Vaccination in Bombay 1902-1912 - 1902-1912
Year: 1902
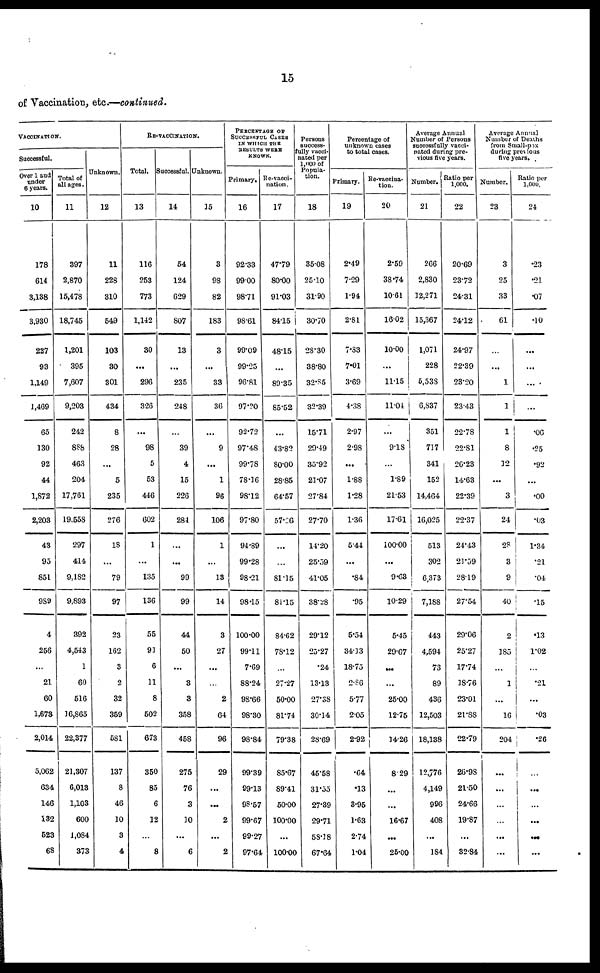
15
of Vaccination, etc.—continued.
VACCINATION.
Successful.
Over 1 and
under
6 years.
10
178
614
3,138
3,930
227
93
1,149
1,469
65
130
92
44
1,872
2,203
43
95
851
989
4
256
...
21
60
1,673
2,014
5,062
634
146
132
523
68
Total of
all ages.
11
397
2,870
15,478
18,745
1,201
395
7,607
9,203
242
888
463
204
17,761
19,558
297
414
9,182
9,893
392
4,543
1
60
516
16,865
22,377
21,307
6,013
1,103
600
1,084
373
Unknown.
12
11
228
310
549
103
30
301
434
8
28
...
5
235
276
18
...
79
97
23
162
3
2
32
359
581
137
8
46
10
3
4
RE-VACCINATION.
Total.
13
116
253
773
1,142
30
...
296
326
...
98
5
53
446
602
1
...
135
136
55
91
6
11
8
502
673
350
85
6
12
...
8
Successful.
14
54
124
629
807
13
...
235
248
...
39
4
15
226
284
...
...
99
99
44
50
...
3
3
358
458
275
76
3
10
...
6
Unknown.
15
3
98
82
183
3
...
33
36
...
9
...
1
96
106
1
...
13
14
3
27
...
...
2
64
96
29
...
...
2
...
2
PERCENTAGE OF
SUCCESSFUL CASES
IN WHICH THE
RESULTS WERE
KNOWN.
Primary.
16
92.33
99.00
98.71
98.61
99.09
99.25
96.81
97.20
92.72
97.48
99.78
78.16
98.12
97.80
94.89
99.28
98.21
98.15
100.00
99.11
7.69
88.24
98.66
98.30
98.84
99.39
99.13
93.57
99.67
99.27
97.64
Re-vacci-
nation.
17
47.79
80.00
91.03
84.15
48.15
...
89.35
85.52
...
43.82
80.00
28.85
64.57
57.26
...
...
81.15
81.15
84.62
78.12
...
27.27
50.00
81.74
79.38
85.67
89.41
50.00
100.00
...
100.00
Persons
success¬
fully vacci-
nated per
1,000 of
Popula-
tion.
18
35.08
25.10
31.90
30.70
28.30
38.80
32.85
32.39
15.71
29.49
35.92
21.07
27.84
27.70
14.20
25.59
41.05
38.28
29.12
25.27
.24
13.13
27.38
30.14
28.69
45.58
31.55
27.39
29.71
58.18
67.64
Percentage of
unknown cases
to total cases.
Primary.
19
2.49
7.29
1.94
2.81
7.33
7.01
3.69
4.38
2.97
2.98
...
1.88
1.28
1.36
5.44
...
.84
.95
5.54
34.13
18.75
2.86
5.77
2.05
2.92
.64
.13
3.95
1.63
2.74
1.04
Re-vaccina-
tion.
20
2.59
38.74
10.61
16.02
10.00
...
11.15
11.04
...
9.18
...
1.89
21.53
17.61
100.00
...
9.63
10.29
5.45
29.67
...
...
25.00
12.75
14.26
8.29
...
...
16.67
...
25.00
Average Annual
Number of Persons
successfully vacci-
nated during pre-
vious five years.
Number.
21
266
2,830
12,271
15,367
1,071
228
5,538
6,837
351
717
341
152
14,464
16,025
513
302
6,373
7,188
443
4,594
73
89
436
12,503
18,138
12,776
4,149
996
408
...
184
Ratio per
1,000.
22
20.69
23.72
24.31
24.12
24.97
22.39
23.20
23.43
22.78
22.81
26.23
14.63
22.39
22.37
24.43
21.59
28.19
27.54
29.06
25.27
17.74
18.76
23.01
21.88
22.79
26.98
21.50
24.66
19.87
...
32.84
Average Annual
Number of Deaths
from Small-pox
during previous
five years.
Number.
23
3
25
33
61
...
...
1
1
1
8
12
...
3
24
28
3
9
40
2
185
...
1
...
16
204
...
...
...
...
...
...
Ratio per
1,000.
24
.23
.21
.07
.10
...
...
...
...
.06
.25
.92
...
.00
.03
1.34
.21
.04
.15
.13
1.02
...
.21
...
.03
.26
...
...
...
...
...
...